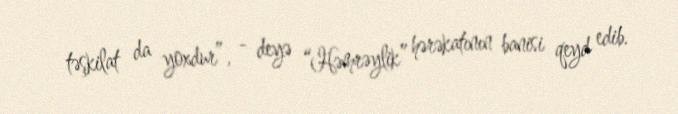
təşkilat da yoxdur”, - deyə “Həmrəylik” hərəkatının banisi qeyd edib.